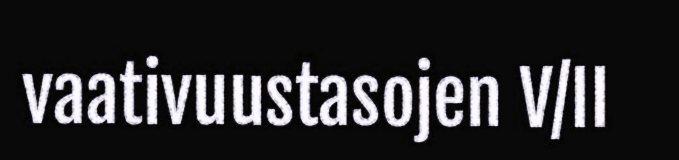
vaativuustasojen V/II